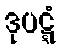
ဒုပဋ္ဋံ